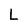
Character: L